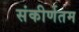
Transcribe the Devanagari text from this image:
संकीर्णतम